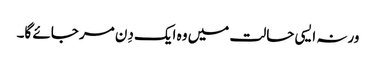
ورنہ ایسی حالت میں وہ ایک دِن مر جائے گا۔